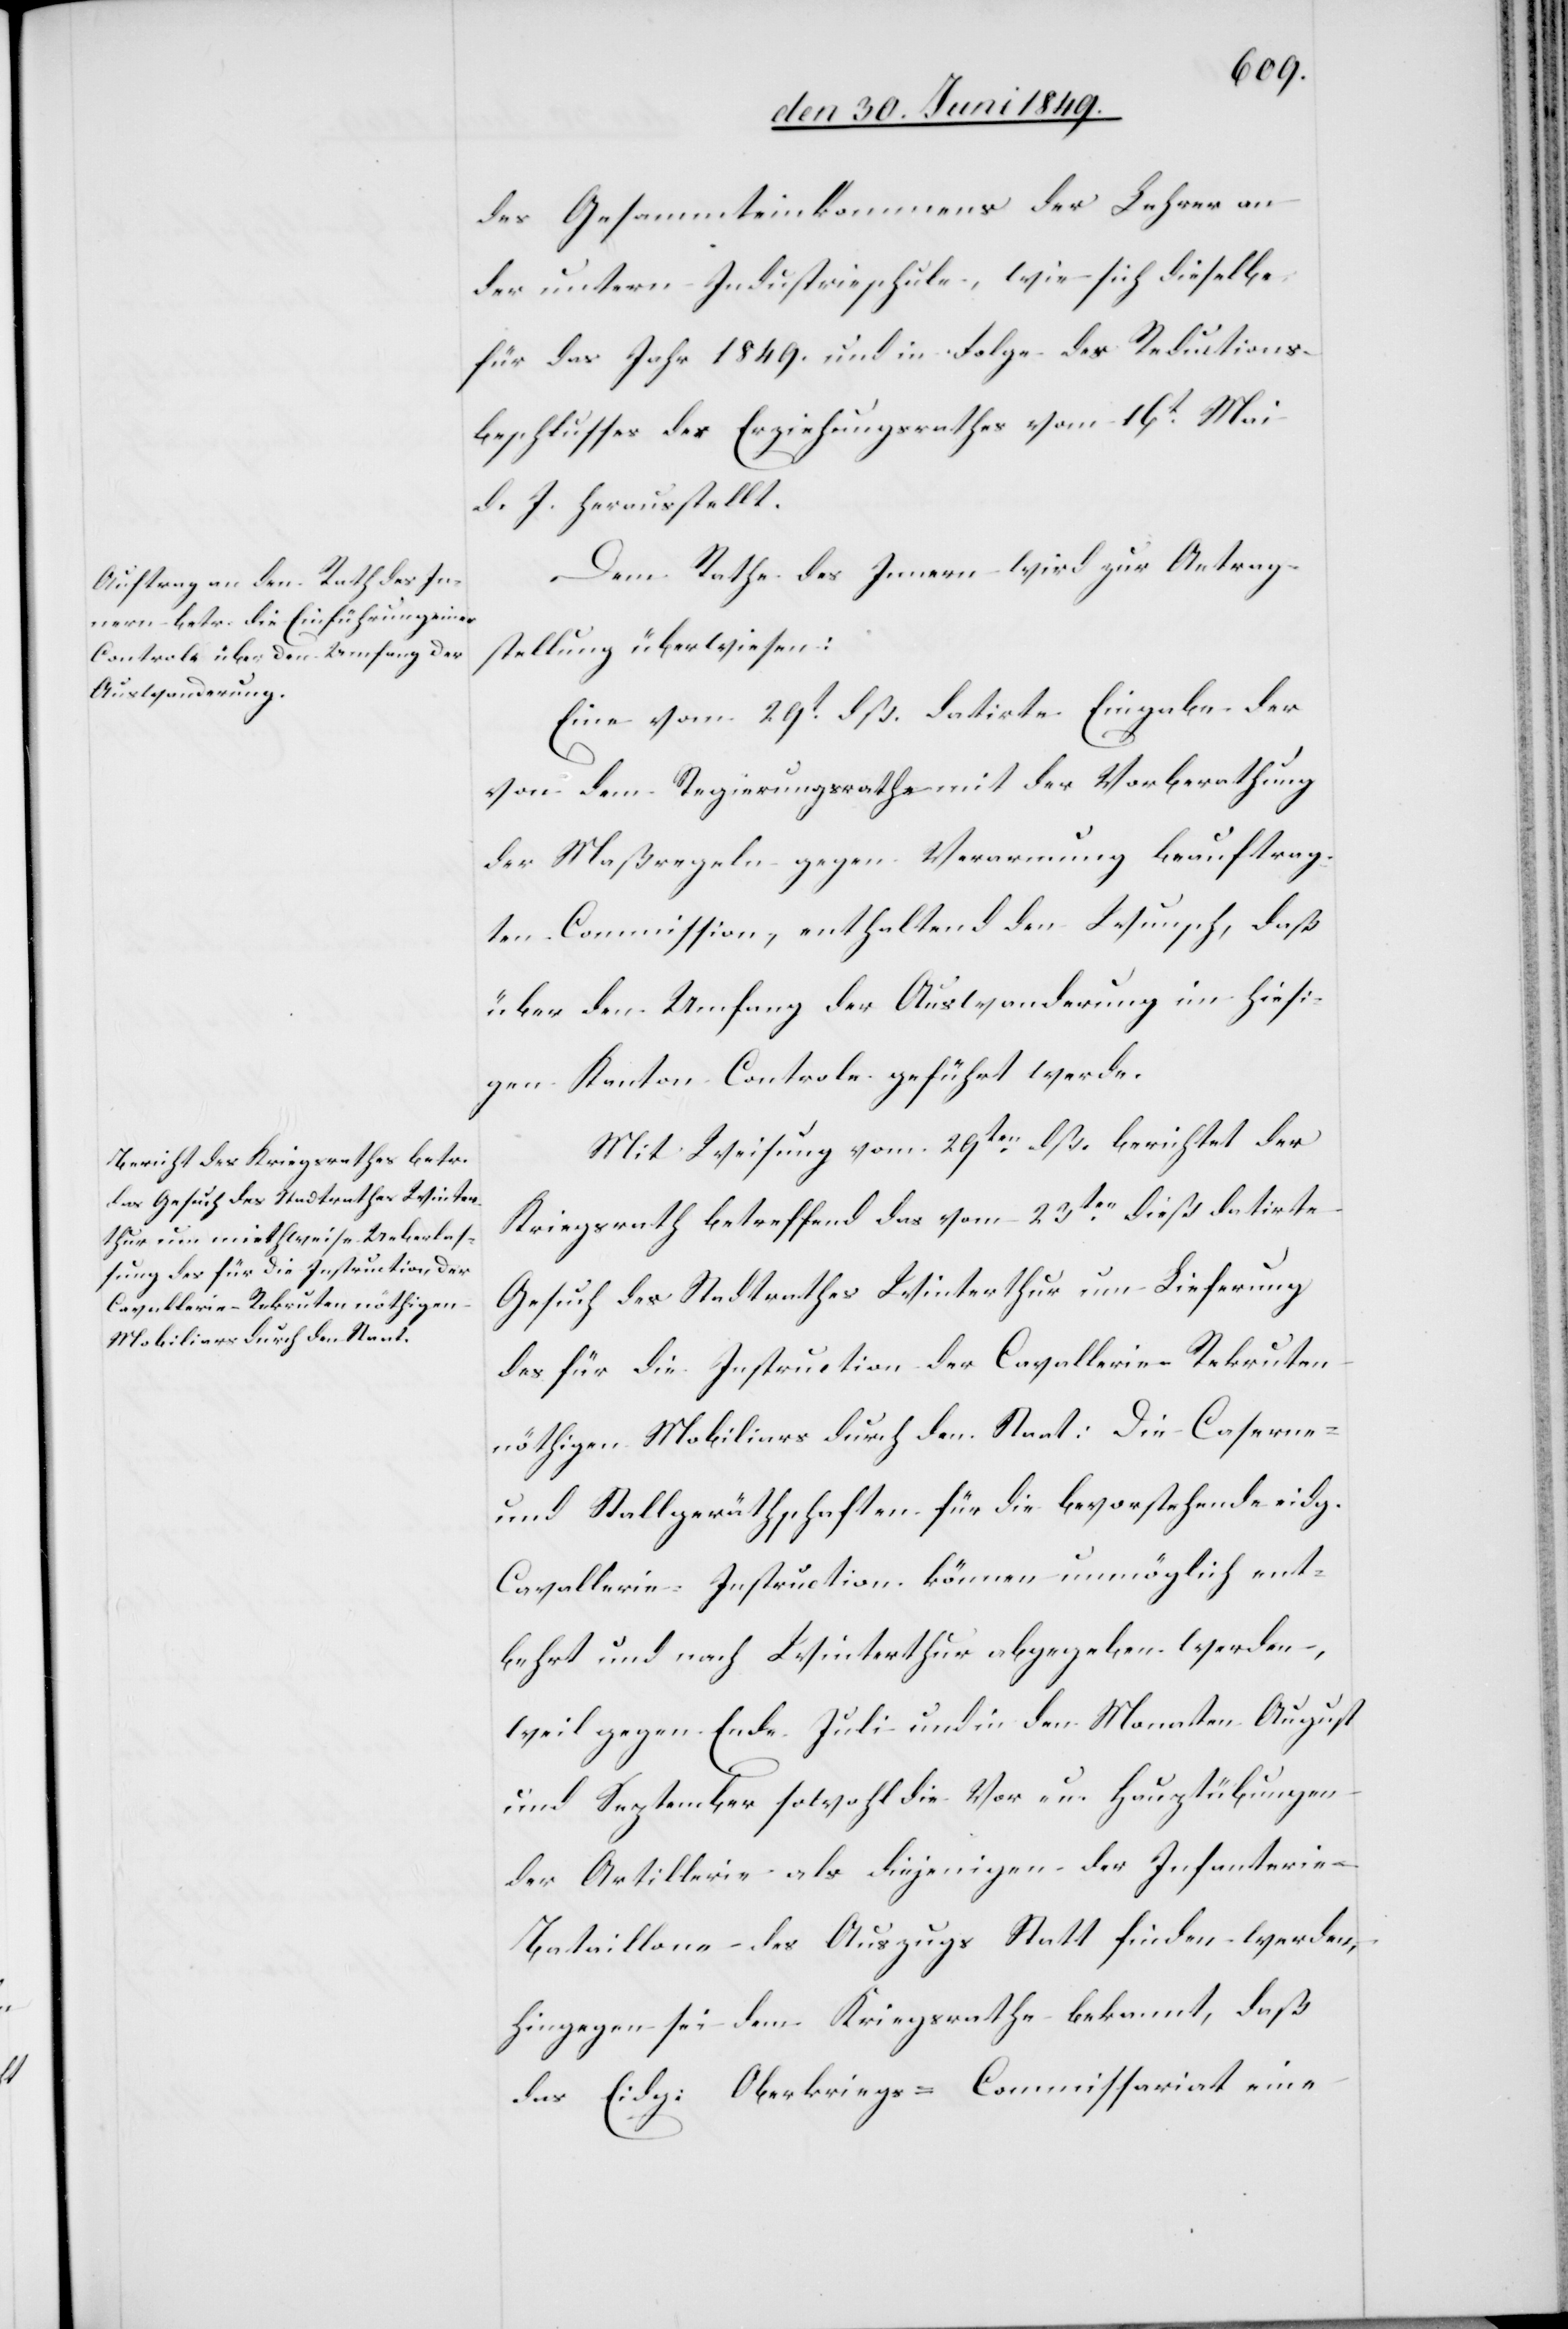
des Gesammteinkommens der Lehrer an
der untern Industrieschule, wie sich dieselbe
für das Jahr 1849. und in Folge des Reductions¬
beschlusses des Erziehungsrathes vom 16t Mai
d. J. herausstellt.
Dem Rathe des Innern wird zur Antrag¬
stellung überwiesen:
Eine vom 29t dß. datirte Eingabe der
von dem Regierungsrathe mit der Vorberathung
der Maßregeln gegen Verarmung beauftrag¬
ten Commission, enthaltend den Wunsch, daß
über den Umfang der Auswanderung im hiesi¬
gen Kanton Controle geführt werde.
Mit Weisung vom 29ten dß. berichtet der
Kriegsrath betreffend das vom 23ten dieß datirte
Gesuch des Stadtrathes Winterthur um Lieferung
des für die Instruction der Cavallerie Rekruten
nöthigen Mobiliars durch den Staat: Die Caserne-
und Stallgeräthschaften für die bevorstehende eidg.
Cavallerie-Instruction können unmöglich ent¬
behrt und nach Winterthur abgegeben werden,
weil gegen Ende Juli und in den Monaten August
und September sowohl die Vor- u. Hauptübungen
der Artillerie als diejenigen der Infanteri¬
e-Bataillone des Auszugs Statt finden werden,
hingegen sei dem Kriegsrathe bekannt, daß
das Eidg: Oberkriegs- Commissariat eine